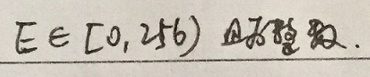
$E\in[0,256)$ 的整数.